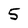
Character: 5